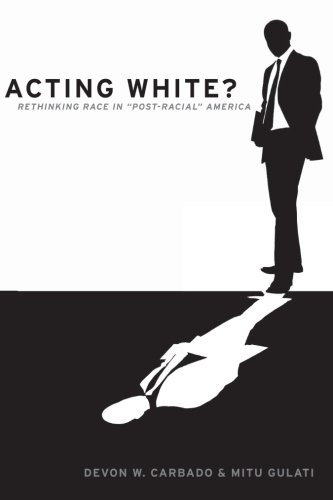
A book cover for Acting White?: Rethinking Race in "Post-Racial" America; Devon W. Carbado; Law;